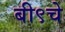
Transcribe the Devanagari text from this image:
बी९चे